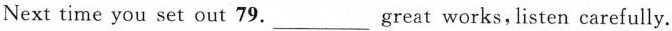
Next time you set out 79.___great works,，listen carefully.